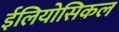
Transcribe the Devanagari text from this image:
ईलियोसिकल